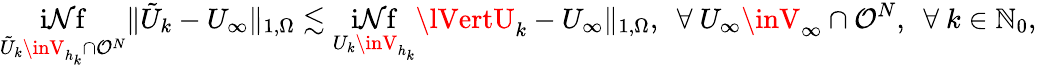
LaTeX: \operatorname*{i\mathcal{N}f}_{\tilde{{U}}_{k}\inV_{h_{k}}\cap\mathcal{{O}}^{N}}\lVert\tilde{{U}}_{k}-U_{\infty}\rVert_{1,\Omega}\lesssim\operatorname*{i\mathcal{N}f}_{U_{k}\inV_{h_{k}}}\lVertU_{k}-U_{\infty}\rVert_{1,\Omega},~~\forall~U_{\infty}\inV_{\infty}\cap\mathcal{{O}}^{N},~~\forall~k\in\mathbb{{N}}_{0},